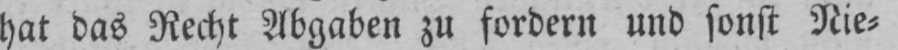
hat das Recht Abgaben zu fordern und sonst Nie⸗